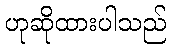
ဟုဆိုထားပါသည်